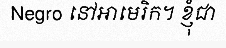
Negro នៅអាមេរិក។ ខ្ញុំជា